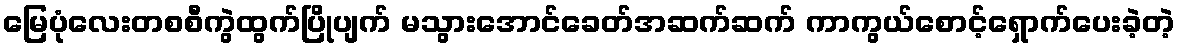
မြေပုံလေးတစစီကွဲထွက်ပြိုပျက် မသွားအောင်ခေတ်အဆက်ဆက် ကာကွယ်စောင့်ရှောက်ပေးခဲ့တဲ့